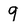
Character: 9